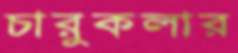
চারুকলার